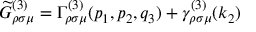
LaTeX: \widetilde { G } _ { \rho \sigma \mu } ^ { ( 3 ) } = \Gamma _ { \rho \sigma \mu } ^ { ( 3 ) } ( p _ { 1 } , p _ { 2 } , q _ { 3 } ) + \gamma _ { \rho \sigma \mu } ^ { ( 3 ) } ( k _ { 2 } )